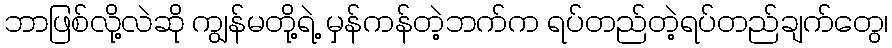
ဘာဖြစ်လို့လဲဆို ကျွန်မတို့ရဲ့ မှန်ကန်တဲ့ဘက်က ရပ်တည်တဲ့ရပ်တည်ချက်တွေ၊